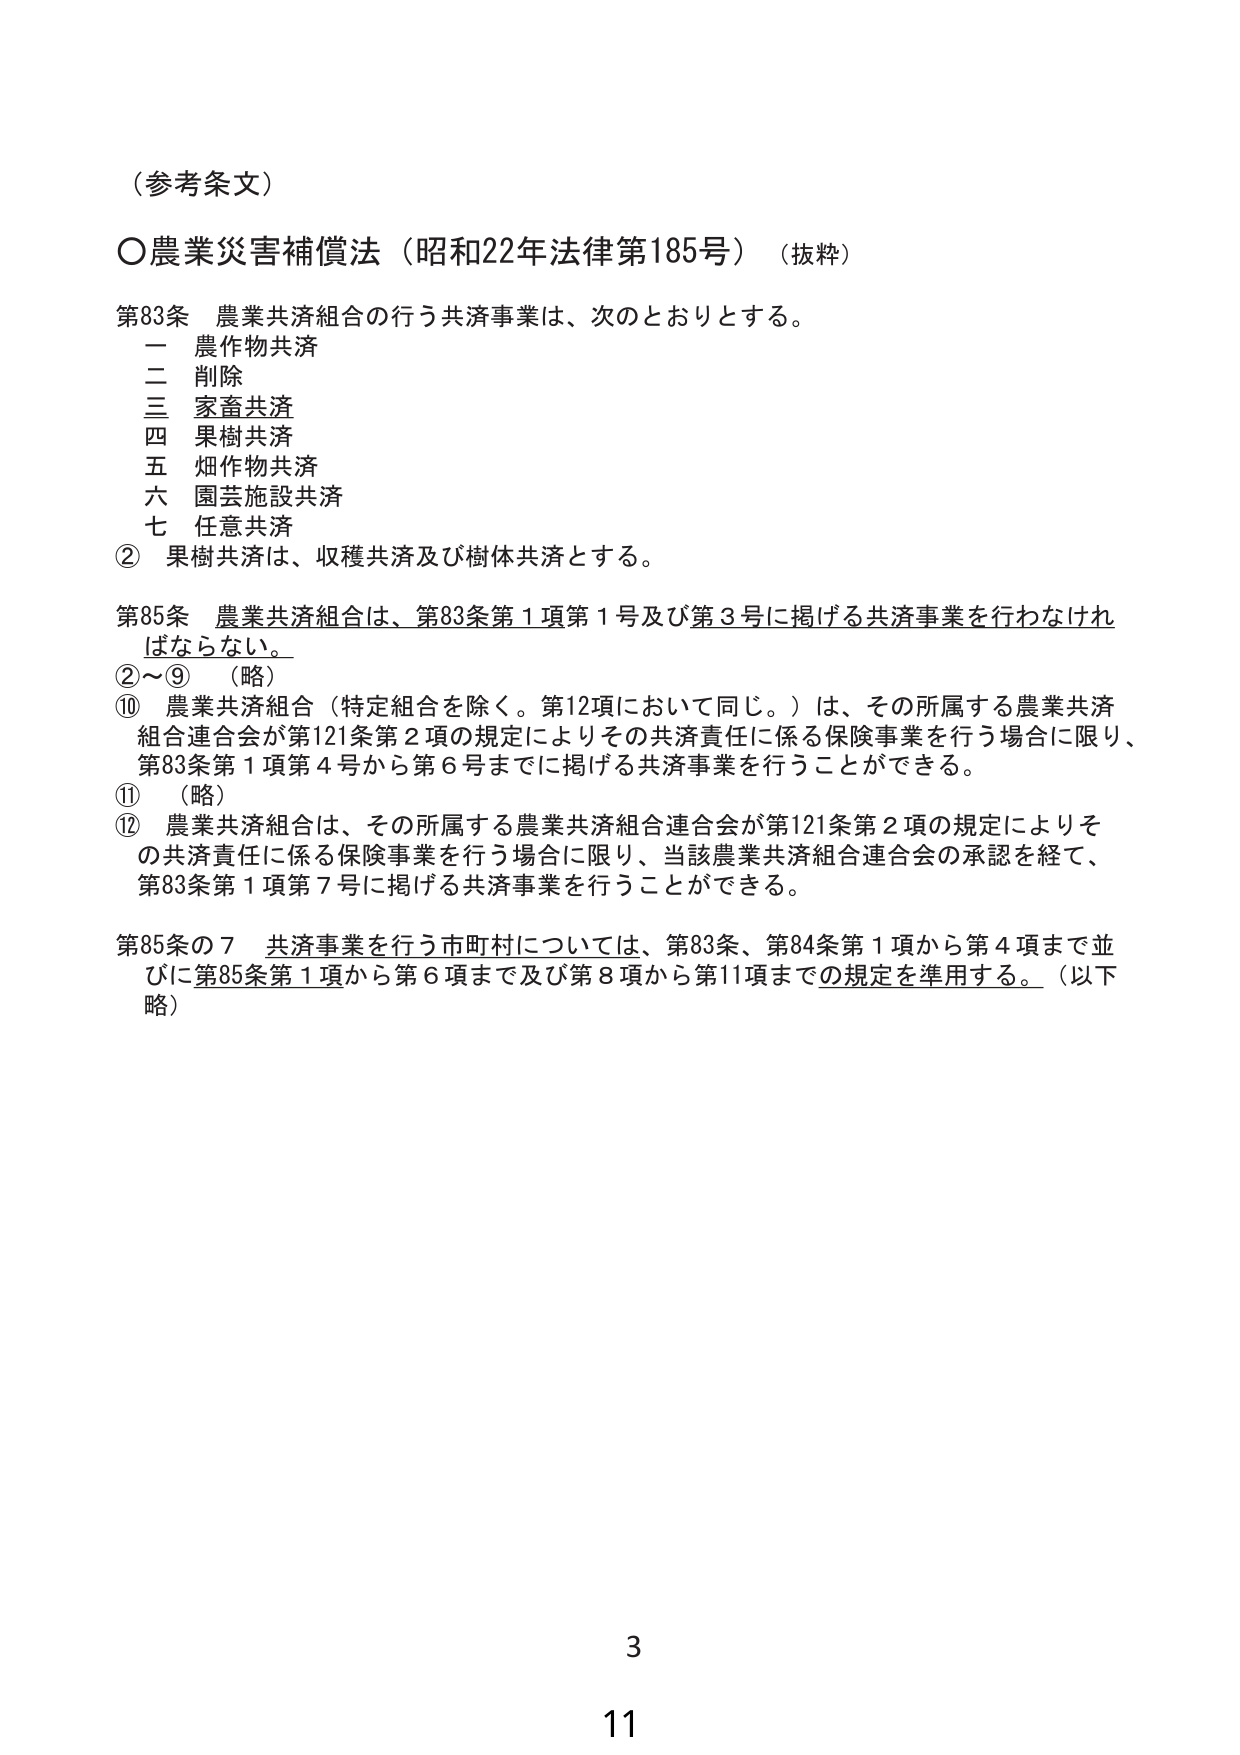
（参考条文）

○農業災害補償法（昭和22年法律第185号）（抜粋）

第83条 農業共済組合の行う共済事業は、次のとおりとする。
一 農作物共済
二 削除
三 家畜共済
四 果樹共済
五 畑作物共済
六 園芸施設共済
七 任意共済
② 果樹共済は、収穫共済及び樹体共済とする。

第85条 農業共済組合は、第83条第1項第1号及び第3号に掲げる共済事業を行わなければならなない。
②～⑨ （略）
⑩ 農業共済組合（特定組合を除く。第12項において同じ。）は、その所属する農業共済組合連合会が第121条第2項の規定によりその共済責任に係る保険事業を行う場合に限り、第83条第1項第4号から第6号までに掲げる共済事業を行うことができる。
⑪ （略）
⑫ 農業共済組合は、その所属する農業共済組合連合会が第121条第2項の規定によりその共済責任に係る保険事業を行う場合に限り、当該農業共済組合連合会の承認を経て、第83条第1項第7号に掲げる共済事業を行うことができる。

第85条の7 共済事業を行う市町村については、第83条、第84条第1項から第4項まで並びに第85条第1項から第6項まで及び第8項から第11項までの規定を準用する。（以下略）

3
11